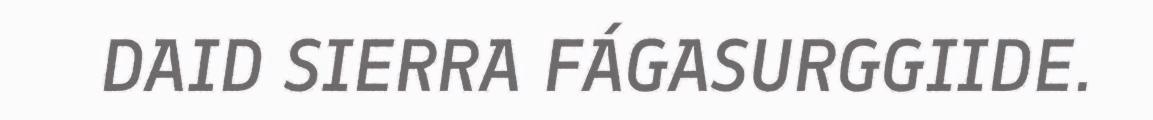
DAID SIERRA FÁGASURGGIIDE.